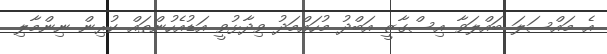
އެ މައްސަލަ ބައްލަވާ އިސްގާޒީ އަބްދު މުހައްމަދު ވިދާޅުވީ އަޑުއެހުންތައް ކުރިން ނިންމާލި